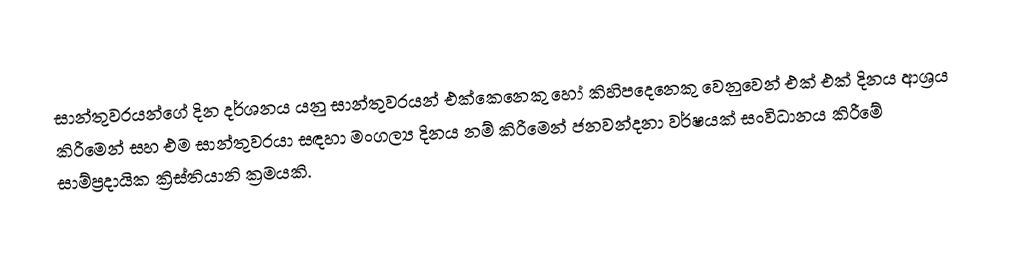
සාන්තුවරයන්ගේ දින දර්ශනය යනු  සාන්තුවරයන් එක්කෙනෙකු හෝ කිහිපදෙනෙකු වෙනුවෙන් එක් එක් දිනය ආශ්‍රය කිරීමෙන් සහ එම සාන්තුවරයා සඳහා  මංගල්‍ය දිනය නම් කිරීමෙන්  ජනවන්දනා වර්ෂයක් සංවිධානය කිරීමේ සාම්ප්‍රදායික ක්‍රිස්තියානි ක්‍රමයකි.